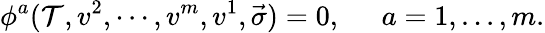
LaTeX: \phi^{a}(\mathcal{T},v^{2},\cdots,v^{m},v^{1},\vec{{\sigma}})=0,\; \; \; \; \; a=1,...,m.